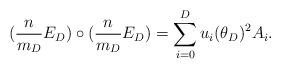
LaTeX: \begin{align*} (\frac{n}{m_D}E_D)\circ(\frac{n}{m_D}E_D)=\sum_{i=0}^D u_i(\theta_D)^2 A_i. \end{align*}